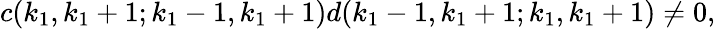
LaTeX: c(k_{1},k_{1}+1;k_{1}-1,k_{1}+1)d(k_{1}-1,k_{1}+1;k_{1},k_{1}+1)\neq 0,